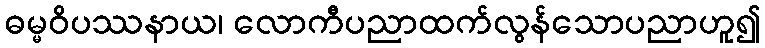
ဓမ္မဝိပဿနာယ၊ လောကီပညာထက်လွန်သောပညာဟူ၍